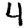
Digit: 4